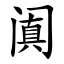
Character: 阗